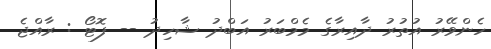
ހެންވޭރު އުތުރު ދާއިރާގެ މެމްބަރު އަބްދު ޝާހިދު -- ފޮޓޯ : ރާއްޖެ